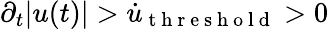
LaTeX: \partial_{t}|u(t)|>\dot{u}_{\mathrm{~t~h~r~e~s~h~o~l~d~}}>0